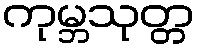
ကုမ္ဘသုတ္တ